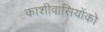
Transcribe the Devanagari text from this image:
काशीवासियोंको